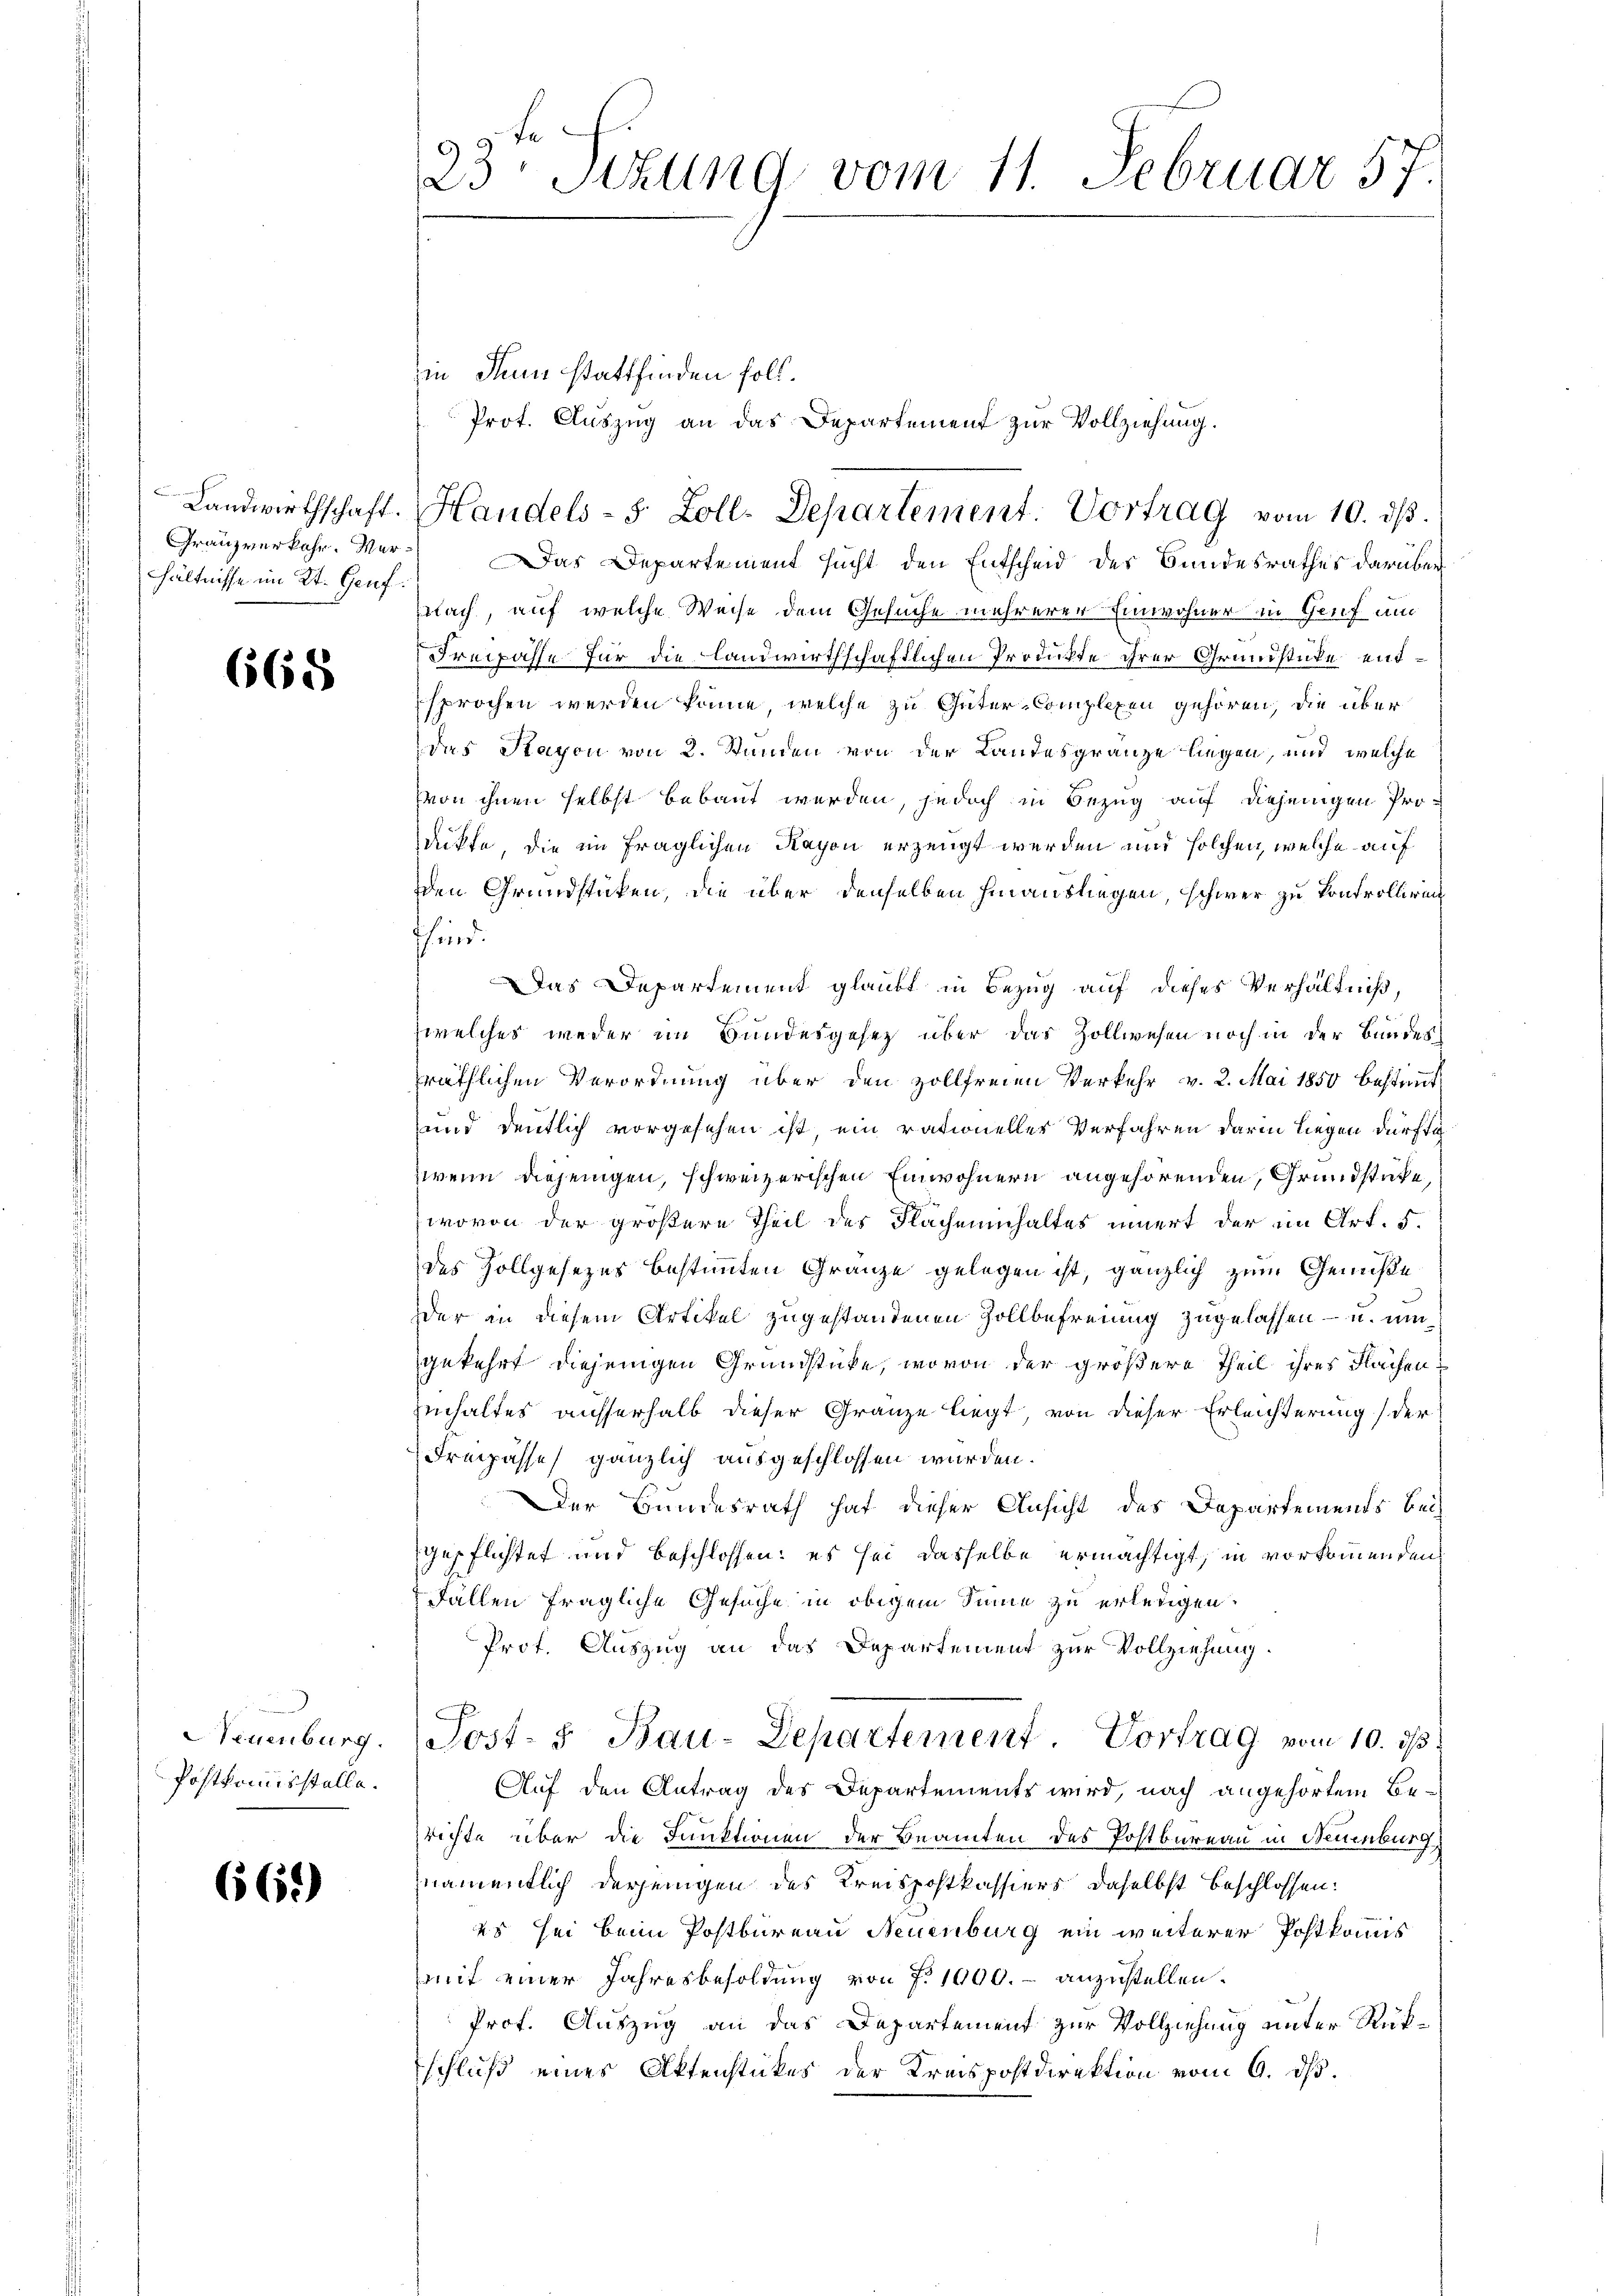
Landwirthschaft.
Granzverkehr. Merhältnisse im Kt. Genf

668

Neuenburg.
Postkommisstelle.

665)

23 Stzung vom 11. Februar 57.

zin denn stattfinden soll.
Prot. Auszug an das Departement zur Vollziehung.
Das Departement sucht den Entscheid des Bundesrathes darüber
flach, auf welche Weise dem Gesuche mehrerer Einwohner in Genf und
Freipasse für die Landwirthschaftlichen Produkte ihrer Grundstücke entsprochen werden könne, welche zu Güter-Complexen gehören, die überdas Sayon von 2. Standen von der Landesgränze liegen, und welche
Von ihnen selbst bebaut werden, jedoch in Bezug auf diejenigen Prodikte, die im fraglichen Rapon erzeugt werden und solchen, welche auf
den Grundstücken, die über denselben hinausliegen, schwer zu Controllirung
sind.
Das Departement glaubt in Bezug auf dieses Verhältniß,
welches weder im Bundesgesetz über das Zollwesen noch in der Bundes
räthlichen Verordnung über den zollfreien Verkehr v. 2. Mai 1850 bestimmt
und deutlich vorgesehen ist, ein rationeller Verfahren darin liegen dürftig
wenn diejenigen, schweizerischen Einwohnern angehörenden, Grundstüke
wovon der größere Theil des Flächeninhaltes innert der im Art. 5.
des Zollgesezes bestimmten Gränze gelegen ist, gänzlich zum Genüße
der in diesem Artikel zugestandenen Zollbefreiung zugelassen – u. um
gekehrt diejenigen Grundstücke, wovon der größere Theil ihres Flächen¬
Einhaltes ausserhalb dieser Granze liegt, von dieser Erleichterung der
Irepasse gänzlich ausgeschlossen wurden.
Der Bundesrath hat dieser Ansicht des Departements bei
gepflichtet und beschlossen: es sei dasselbe ermächtigt, in vorkommenden
Fällen fragliche Gesuche in obigem Sinne zu erleigen.
Prof. Auszug an das Departement zur Vollziehung
Post- & Bau-Departement Vortrag vom 10. ds.
Auf den Antrag des Departements wird, nach angehörtem Berichte über die Funktionen der Beamten des Postbureau in Neuenburg,
namentlich derjenigen des Kreispostkassiers daselbst beschlossen:
25 sei beim Postbureau Neuenburg ein weiterer Postkommis
mit einer Jahresbesoldung von 7. 1900.- anzustellen.
Prof. Auszug an das Departement zur Vollziehung unter Rükschluß eines Aktenstückes der Kreispostdirektion vom 6. ds.

Handels-S. Zoll-Departement Vortrag vom 10. ds.